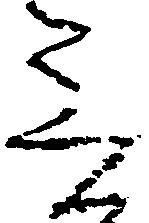
言